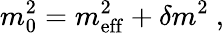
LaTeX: m_{0}^{2}=m_{\mathrm{eff}}^{2}+\delta m^{2}~,